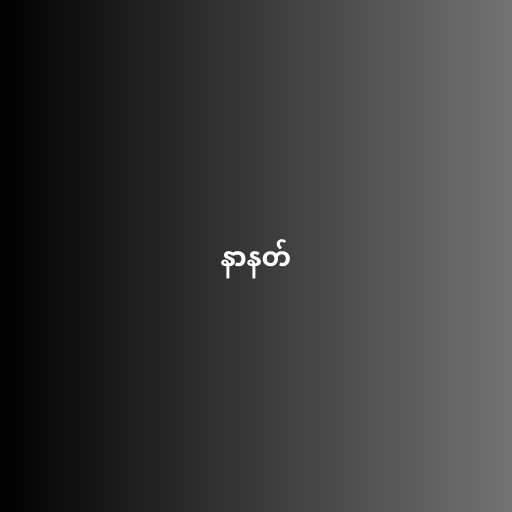
နာနတ်